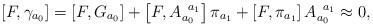
LaTeX: \begin{align*}\left[ F,\gamma _{a_{0}}\right] =\left[ F,G_{a_{0}}\right] +\left[F,A_{a_{0}}^{\;\;a_{1}}\right] \pi _{a_{1}}+\left[ F,\pi _{a_{1}}\right]A_{a_{0}}^{\;\;a_{1}}\approx 0, \end{align*}